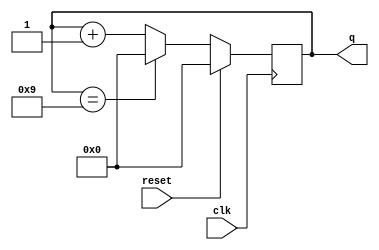
// https://hdlbits.01xz.net/wiki/Count10

module top_module (
    input clk,
    input reset,        // Synchronous active-high reset
    output reg [3:0] q);

    always @(posedge clk) begin
        if (reset) begin
            q <= 0;
        end else begin
            q <= q == 9 ? 0 : q + 1;
        end
    end
endmodule